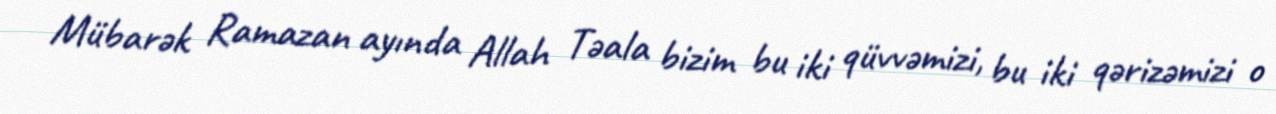
Mübarək Ramazan ayında Allah Təala bizim bu iki qüvvəmizi, bu iki qərizəmizi o